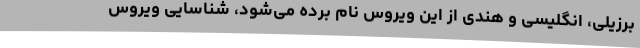
برزیلی، انگلیسی و هندی از این ویروس نام برده می‌شود، شناسایی ویروس